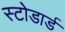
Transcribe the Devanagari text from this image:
स्टोडार्ड